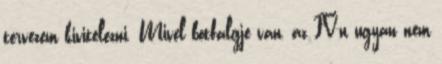
tervezem kivitelezni. Mivel botfalgje van, az FV-n ugyan nem